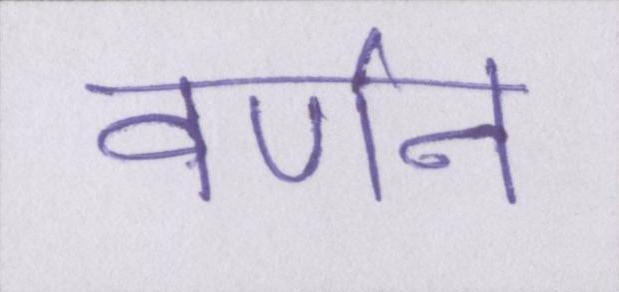
वर्णन